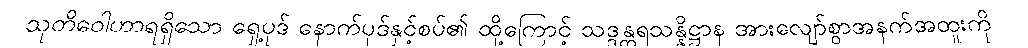
သုတိဝေါဟာရရှိသော ရှေ့ပုဒ် နောက်ပုဒ်နှင့်စပ်၏ ထို့ကြောင့် သဒ္ဒန္တရသန္နိဋ္ဌာန အားလျော်စွာအနက်အထူးကို